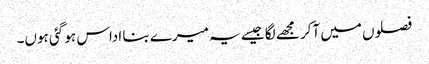
فصلوں میں آکر مجھے لگا جیسے یہ میرے بنا اداس ہو گئی ہوں۔